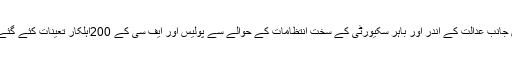
دوسری جانب عدالت کے اندر اور باہر سکیورٹی کے سخت انتظامات کے حوالے سے پولیس اور ایف سی کے 200اہلکار تعینات کئے گئے تھے ۔